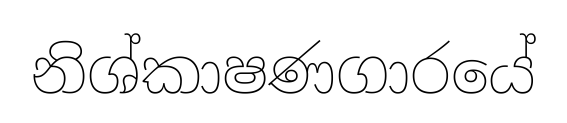
නිශ්කාෂණගාරයේ